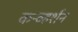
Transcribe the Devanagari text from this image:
कन्व्हर्शन